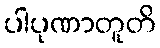
ပါပုဏာတူတိ